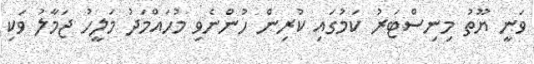
ވަނީ ޔޫތު މިނިސްޓަރު ކަމުގައި ކުރިން ހުންނެވި މުހައްމަދު މަލީހު ޖަމާލު ވަކި